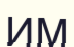
ИМ